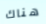
هناك